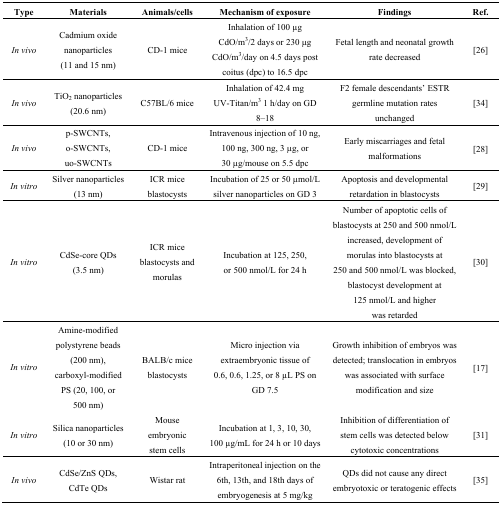
<table><thead><tr><td><b>Type</b></td><td><b>Materials</b></td><td><b>Animals/cells</b></td><td><b>Mechanism of exposure</b></td><td><b>Findings</b></td><td><b>Ref.</b></td></tr></thead><tbody><tr><td><i>In vivo</i></td><td>Cadmium oxide nanoparticles (11 and 15 nm)</td><td>CD-1 mice</td><td>Inhalation of 100 μg CdO/m<sup>3</sup>/2 days or 230 μg CdO/m<sup>3</sup>/day on 4.5 days post coitus (dpc) to 16.5 dpc</td><td>Fetal length and neonatal growth rate decreased</td><td>[26]</td></tr><tr><td><i>In vivo</i></td><td>TiO<sub>2</sub> nanoparticles (20.6 nm)</td><td>C57BL/6 mice</td><td>Inhalation of 42.4 mg UV-Titan/m<sup>3</sup> 1 h/day on GD 8–18</td><td>F2 female descendants’ ESTR germline mutation rates unchanged</td><td>[34]</td></tr><tr><td><i>In vivo</i></td><td>p-SWCNTs, o-SWCNTs, uo-SWCNTs</td><td>CD-1 mice</td><td>Intravenous injection of 10 ng, 100 ng, 300 ng, 3 μg, or 30 μg/mouse on 5.5 dpc</td><td>Early miscarriages and fetal malformations</td><td>[28]</td></tr><tr><td><i>In vitro</i></td><td>Silver nanoparticles (13 nm)</td><td>ICR mice blastocysts</td><td>Incubation of 25 or 50 μmol/L silver nanoparticles on GD 3</td><td>Apoptosis and developmental retardation in blastocysts</td><td>[29]</td></tr><tr><td><i>In vitro</i></td><td>CdSe-core QDs (3.5 nm)</td><td>ICR mice blastocysts and morulas</td><td>Incubation at 125, 250, or 500 nmol/L for 24 h</td><td>Number of apoptotic cells of blastocysts at 250 and 500 nmol/L increased, development of morulas into blastocysts at 250 and 500 nmol/L was blocked, blastocyst development at 125 nmol/L and higher was retarded</td><td>[30]</td></tr><tr><td><i>In vitro</i></td><td>Amine-modified polystyrene beads (200 nm), carboxyl-modified PS (20, 100, or 500 nm)</td><td>BALB/c mice blastocysts</td><td>Micro injection via extraembryonic tissue of 0.6, 0.6, 1.25, or 8 μL PS on GD 7.5</td><td>Growth inhibition of embryos was detected; translocation in embryos was associated with surface modification and size</td><td>[17]</td></tr><tr><td><i>In vitro</i></td><td>Silica nanoparticles (10 or 30 nm)</td><td>Mouse embryonic stem cells</td><td>Incubation at 1, 3, 10, 30, 100 μg/mL for 24 h or 10 days</td><td>Inhibition of differentiation of stem cells was detected below cytotoxic concentrations</td><td>[31]</td></tr><tr><td><i>In vivo</i></td><td>CdSe/ZnS QDs, CdTe QDs</td><td>Wistar rat</td><td>Intraperitoneal injection on the 6th, 13th, and 18th days of embryogenesis at 5 mg/kg</td><td>QDs did not cause any direct embryotoxic or teratogenic effects</td><td>[35]</td></tr></tbody></table>